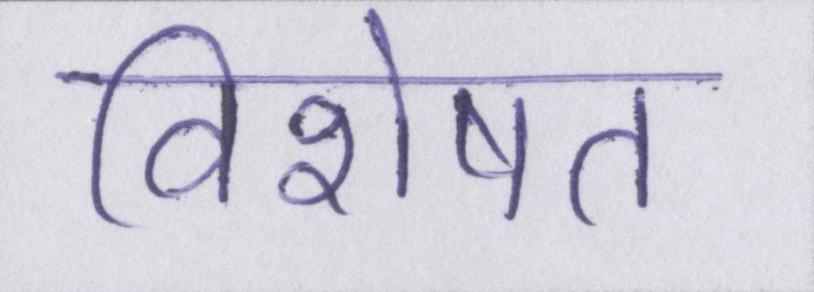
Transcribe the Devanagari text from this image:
विशेषत